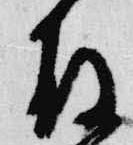
殿